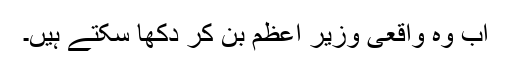
اب وہ واقعی وزیر اعظم بن کر دکھا سکتے ہیں۔